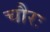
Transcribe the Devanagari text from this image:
चौरः